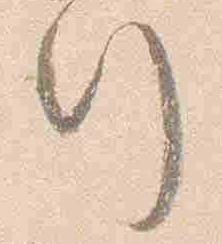
行